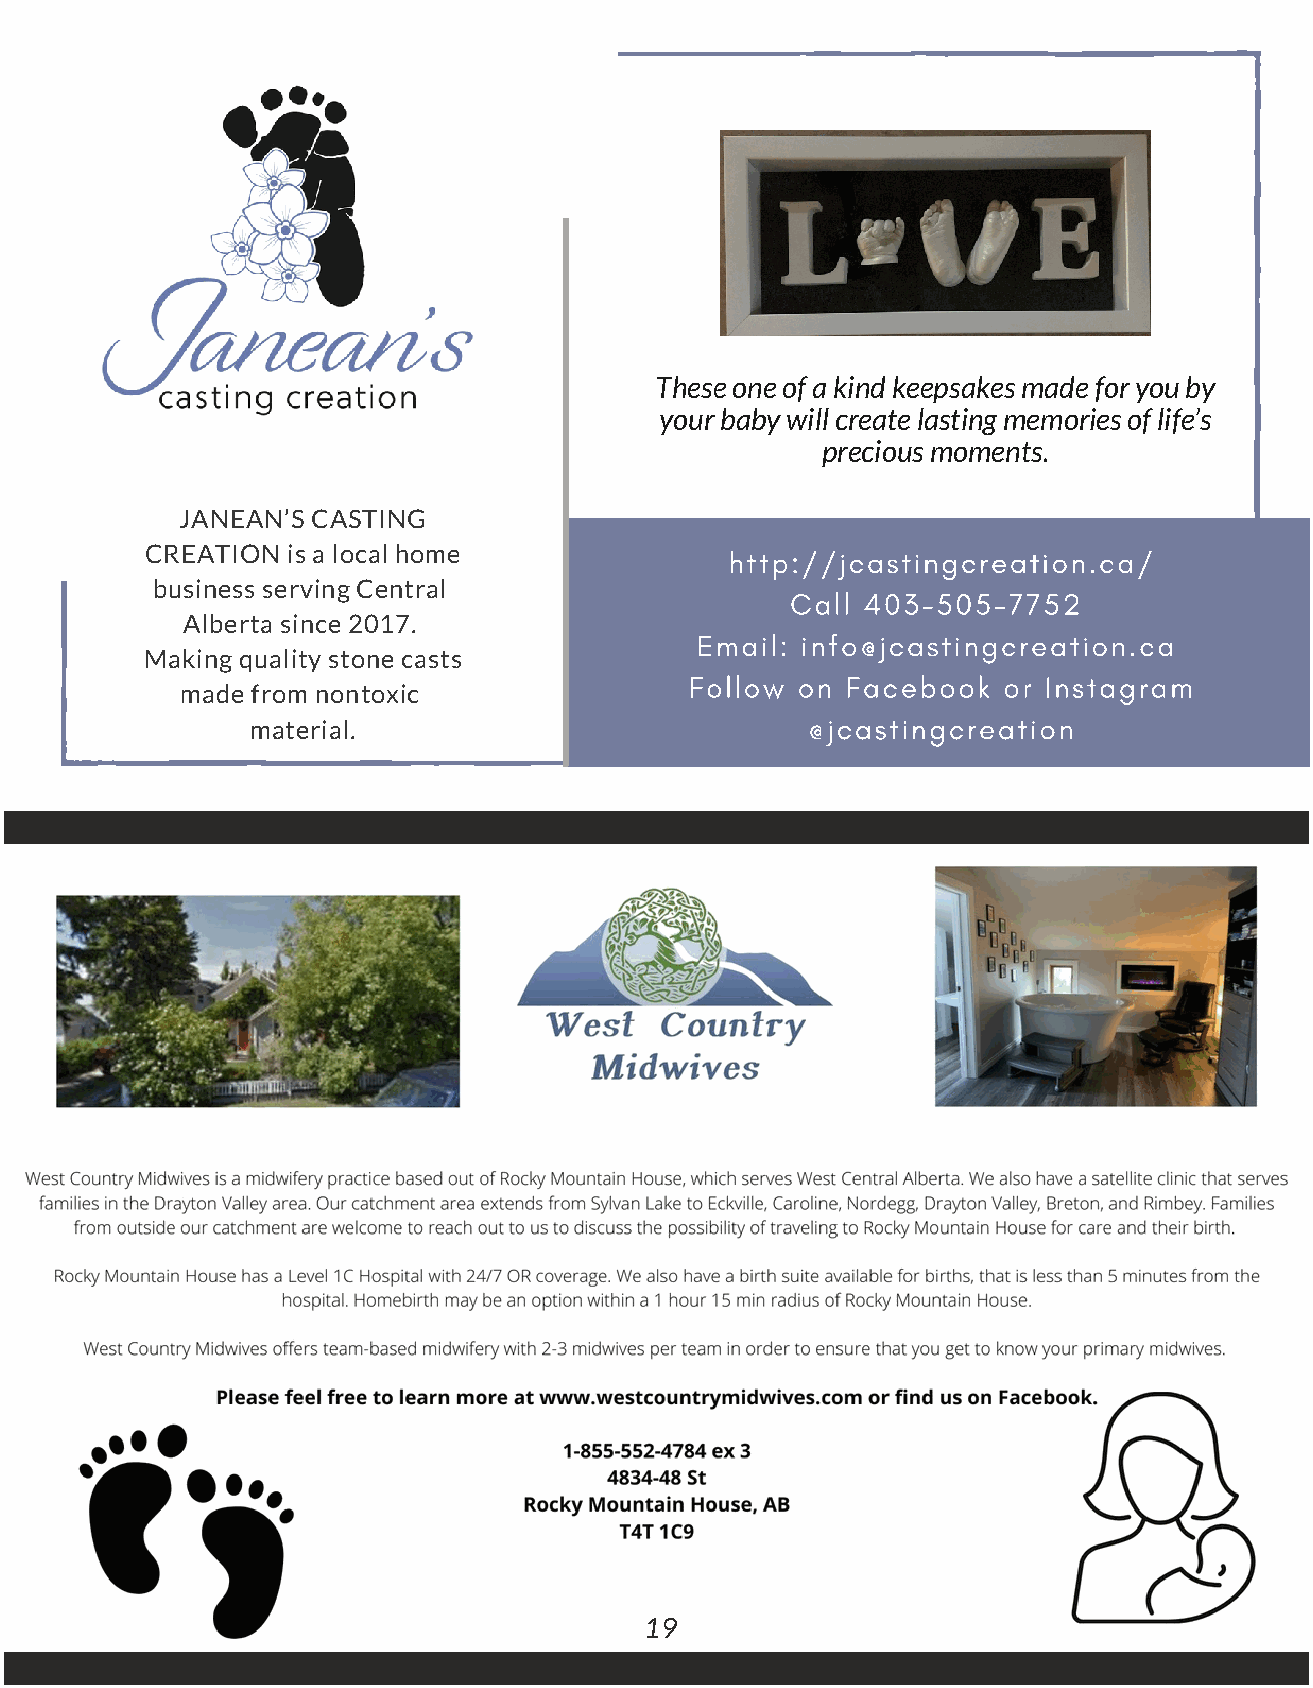
These one of a kind keepsakes made for you by
 your baby will create lasting memories of life’s
 precious moments.
 JANEAN’S CASTING
 CREATION is a local home              http://jcastingcreation.ca/
 business serving Central
 Call 403-505-7752
 Alberta since 2017.
 Email: info@jcastingcreation.ca
 Making quality stone casts
 Follow on Facebook  or Instagram
 made from nontoxic
 @jcastingcreation
 material.
 19